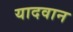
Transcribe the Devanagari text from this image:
यादवान